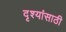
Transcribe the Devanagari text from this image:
दृश्यांसाठी